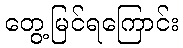
တွေ့မြင်ရကြောင်း